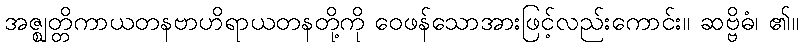
အဇ္ဈတ္တိကာယတနဗာဟိရာယတနတို့ကို ဝေဖန်သောအားဖြင့်လည်းကောင်း။ ဆဗ္ဗိဓံ၊ ၏။